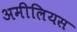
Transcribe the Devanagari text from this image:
अमीलियस